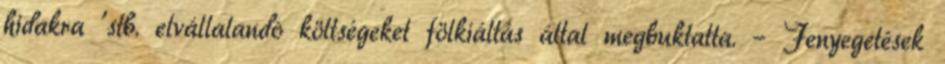
hidakra ’stb. elvállalandó költségeket fölkiáltás által megbuktatta. – Fenyegetések